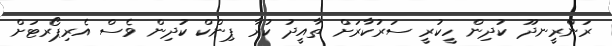
ރަންރީނދޫ ކުދިން ހީކުރީ ސަރުކާރަށް ތާއީދު ކުރާ ޕިންކް ކުދިން ވެސް އެރިޕޯރޓަށް